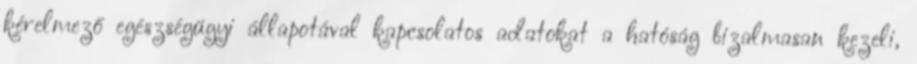
kérelmező egészségügyi állapotával kapcsolatos adatokat a hatóság bizalmasan kezeli,